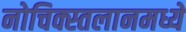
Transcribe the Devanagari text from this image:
नोचिक्स्तलानमध्ये